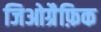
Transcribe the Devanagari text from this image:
जिओग्रैफ़िक